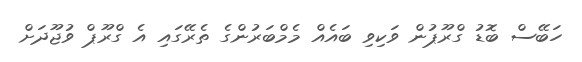
ހަބޭސް ބޮޑު ގްރޫޕުން ވަކިވި ބައެއް މެމްބަރުންގެ ތެރޭގައި އެ ގްރޫޕް ވުޖޫދަށް